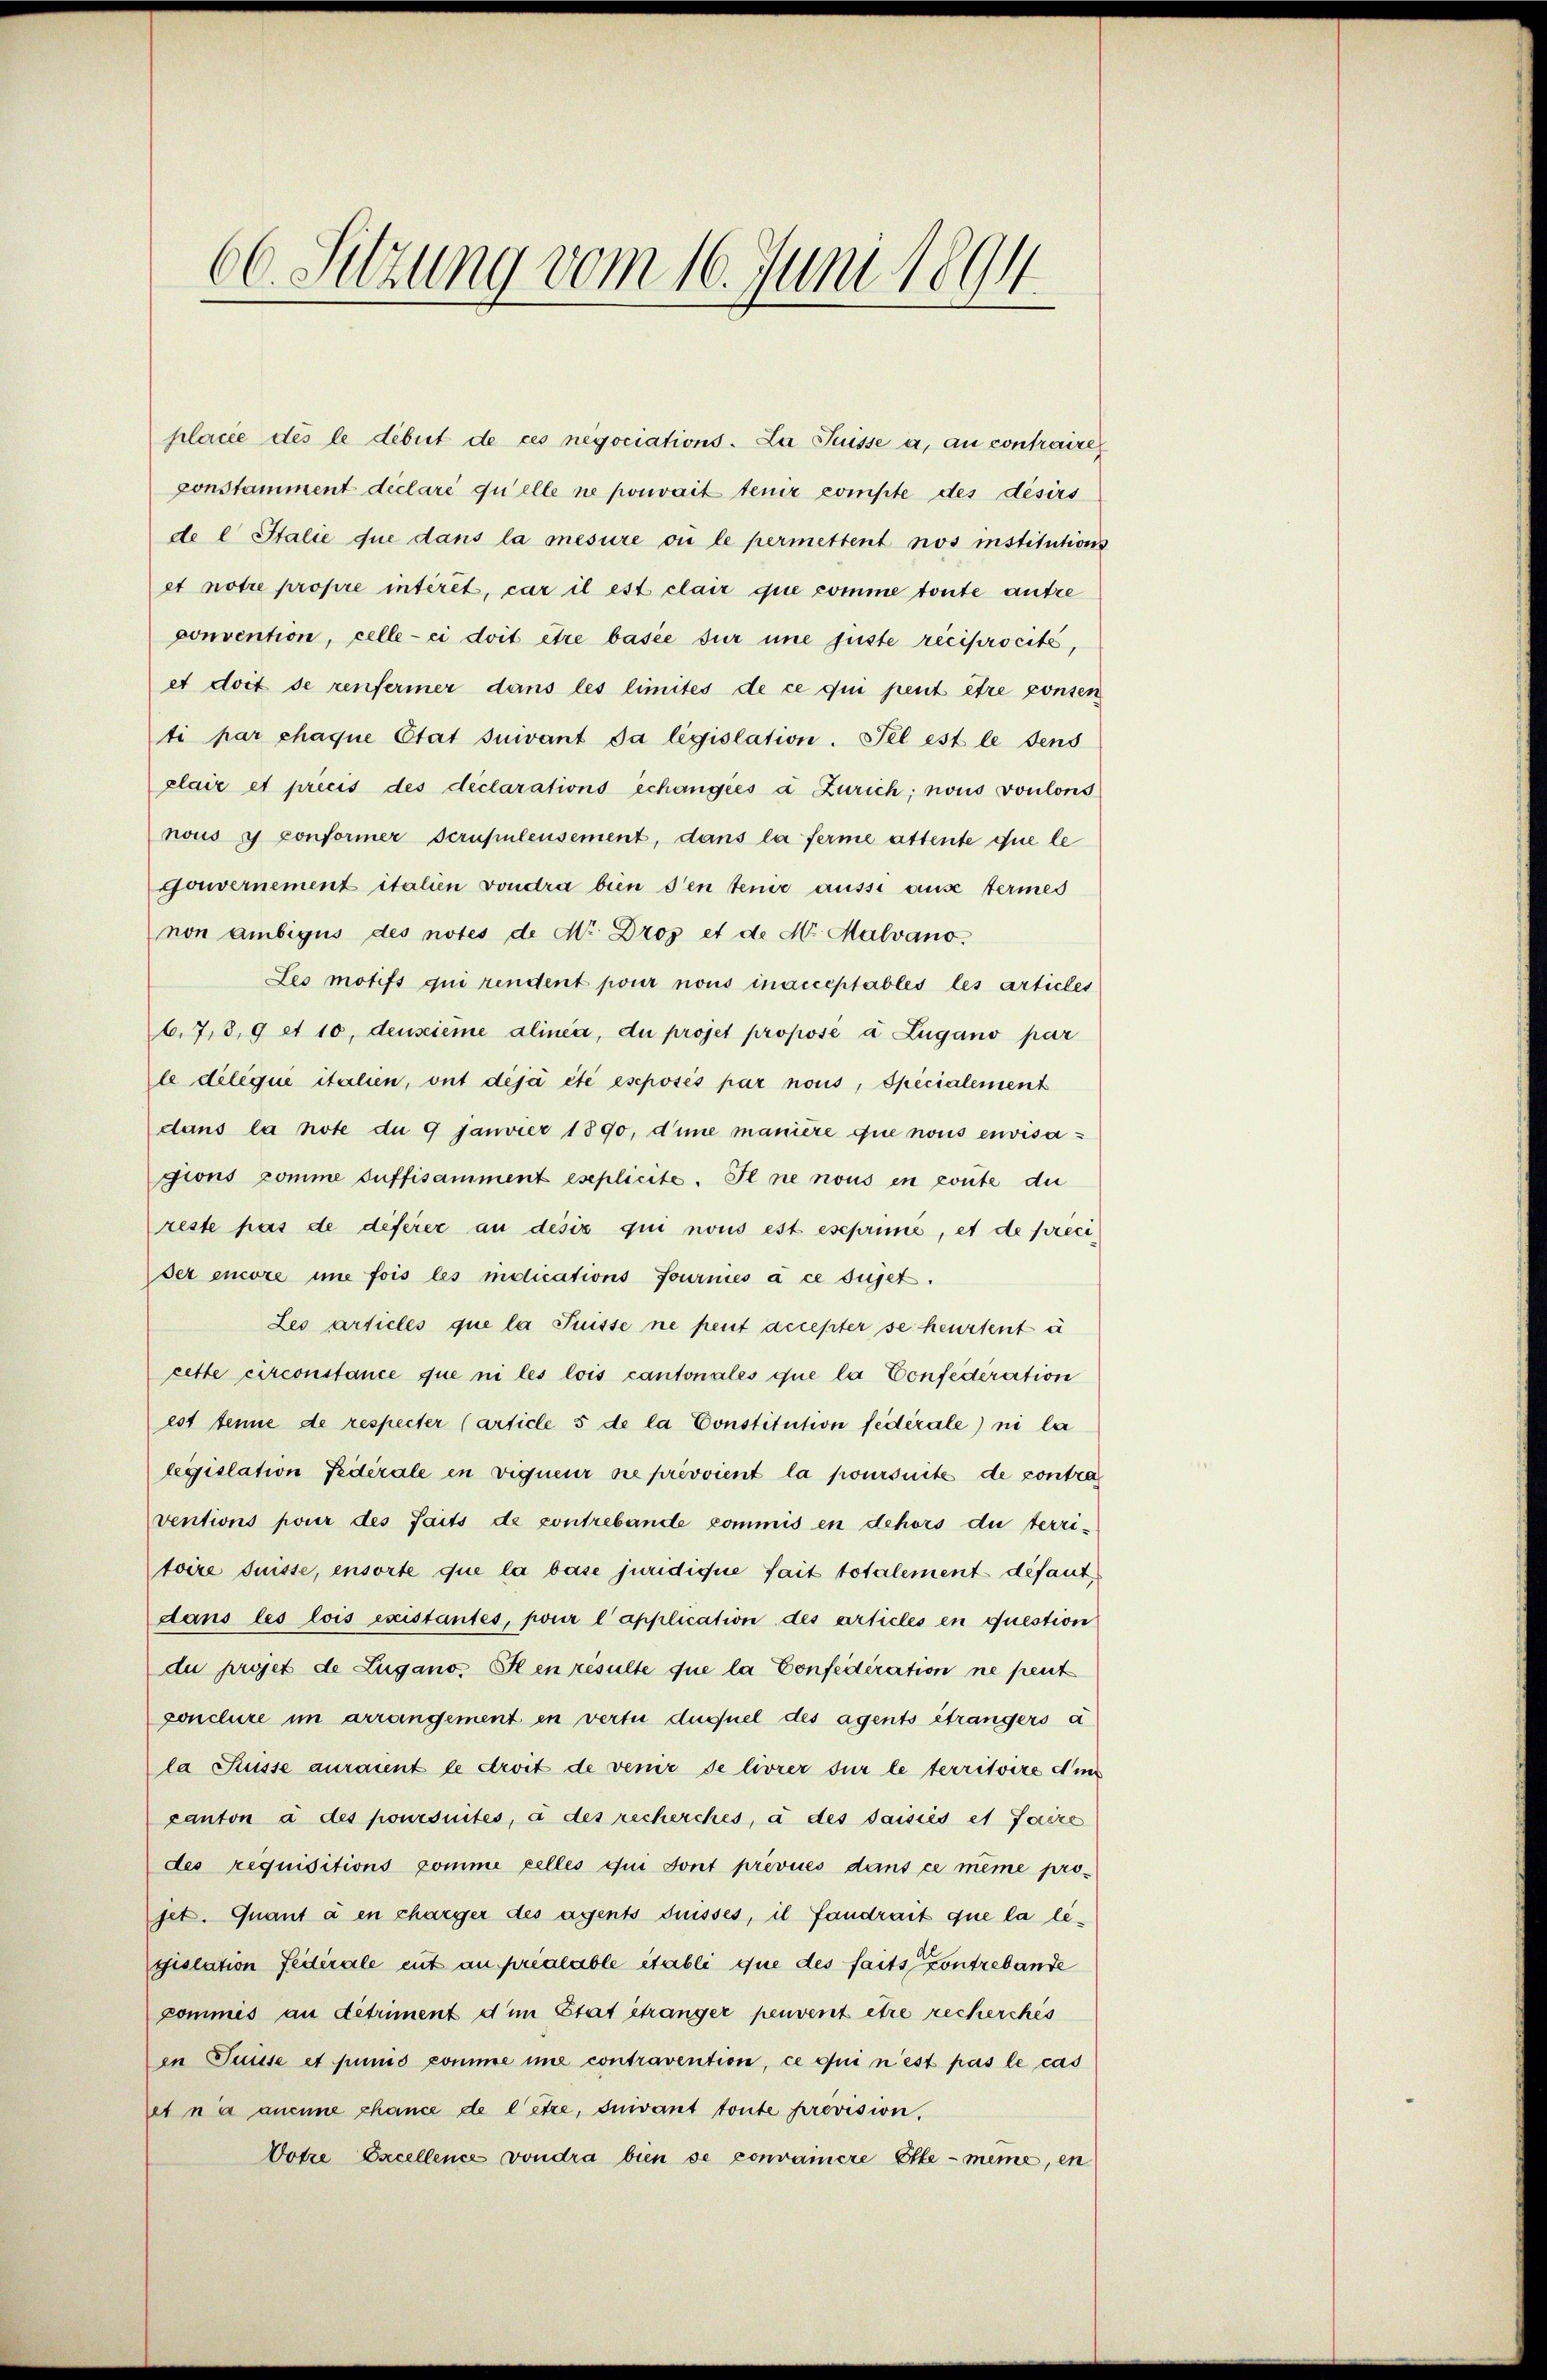
66. Sitzung vom 16. Juni 1894

placie des le debit de ces negociations. La Puisse a. an contraire
constamment déclaré quelle ne pouvait tenir compte des désirs
de l Italie que dans la mesure ou le permettent nos institution
et notre propre intérêt, car il est clair que comme toute aufze
convention, celle-ci doit être basie für une fuste reciprocité,
et doit de renfermer dans les limites de ce qui peut être consen
ti har chaque Etat suivant da législation. Fel est le dens
plair et précis des déclarations échangées à Zürich; nous voulons
nous y conformer scrupulensement, dans la ferme attente que le
Gouvernement italien vondra bien den teme ausse aus termes
non ambigus des notes de M. Dros et de Mr. Malvano.
Leo motifs qui rendent pour nous inacceptables les articles
6.7,8,9 et 10, densieme alinea, du projet propose à Zugano par
le dileque italien, ont déjà été eseposés par nous, Specialement
dans la note du 9 janvier 1890, d’une manière que nous envisagions pomme suffisamment eseplicite. Il ne nous en route die
reste pas de deferer an desiz qui nous est eseprimée, et de préci
set encore ime fois les indications fourniés à ce sujet.
Les articles que la Puisse ne peut accepter se heurtent u
cette circonstance que ni les lois cantonales que la Confederation
est tenue de respecter (article 5 de la Constitution fédérale) ni la
leggislation Federale in vigneur die prévvient la poursuite de contra
ventions pour des Saits de contrebande kommis en dehors du terri-
toire suisse, ensorte que la base juridique fait totalement défaut
dans les lois existantes, pour l’application des articles en question
du projet de Zugano. Il en resulte que la Confederation ne peut
conclure im arrangement en vertu duquel des agents étrangers a
la Suisse auraient le droit de venir de livrer sur le territoire din
canton à des poursuites, à des recherches, à des saisies et faire
des requisitions komme celles qui sont prévues dans ce même projet. Quant à en charger des agents disses, il fandrait que la liegislation Federale eut an préalable établi que des faits contrebande
commis an detriment dem Etat étranger peuvent être recherches
en Puisse et punis comme ime contravention, ce qui n’est pas le cas
et n’a aucune chance de letze, suivant toute prevision,
Dotze Excellence vondra bien se convainere Elle-même, en

¬